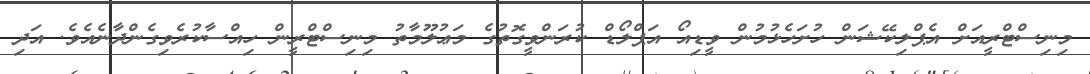
މިނިސްޓްރީއަށް އެޕްލިކޭޝަން ހުށަހެޅުމުން ވީޑިއޯ އަޕްލޯޑް ކުރަންވީގޮތުގެ މަޢުލޫމާތު މިނިސްޓްރީން ހިއްސާކުރެވިގެންދާނެއެވެ. އަދި